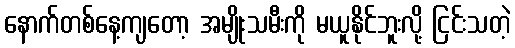
နောက်တစ်နေ့ကျတော့ အမျိုးသမီးကို မယူနိုင်ဘူးလို့ ငြင်းသတဲ့